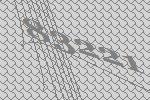
83221